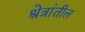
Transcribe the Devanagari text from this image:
श्रेत्रांतील